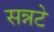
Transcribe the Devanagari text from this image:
सन्नटे